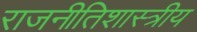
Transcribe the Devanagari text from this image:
राजनीतिशास्त्रीय